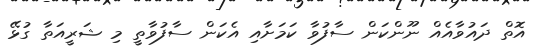
އޮތް ދައުވާއެއް ނޫންކަން ސާފުވާ ކަމަށާއި އެކަން ސާފުވާތީ މި ޝަރީއަތާ ގުޅޭ